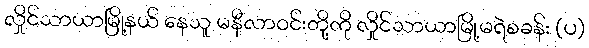
လှိုင်သာယာမြို့နယ် နေသူ မနီလာဝင်းတို့ကို လှိုင်သာယာမြို့မရဲစခန်း (ပ)